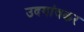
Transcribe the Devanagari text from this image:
उदगांवकर